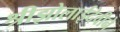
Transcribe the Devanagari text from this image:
श्रीझोलाईदेवीने